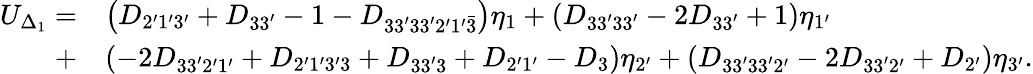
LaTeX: \begin{array}{rl}{U_{\Delta_{1}}=}&{\left({{D_{2^{\prime}1^{\prime}3^{\prime}}}+{D_{33^{\prime}}}-1-{D_{33^{\prime}33^{\prime}2^{\prime}1^{\prime}\bar{3}}}}\right){\eta_{1}}+\left({{D_{33^{\prime}33^{\prime}}}-2{D_{33^{\prime}}}+1}\right){\eta_{1^{\prime}}}}\\ {+}&{\left({-2{D_{33^{\prime}2^{\prime}1^{\prime}}}+{D_{2^{\prime}1^{\prime}3^{\prime}3}}+{D_{33^{\prime}3}}+{D_{2^{\prime}1^{\prime}}}-{D_{3}}}\right){\eta_{2^{\prime}}}+\left({{D_{33^{\prime}33^{\prime}2^{\prime}}}-2{D_{33^{\prime}2^{\prime}}}+{D_{2^{\prime}}}}\right){\eta_{3^{\prime}}}.}\end{array}